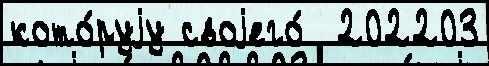
кото́руjу своjего́  202203